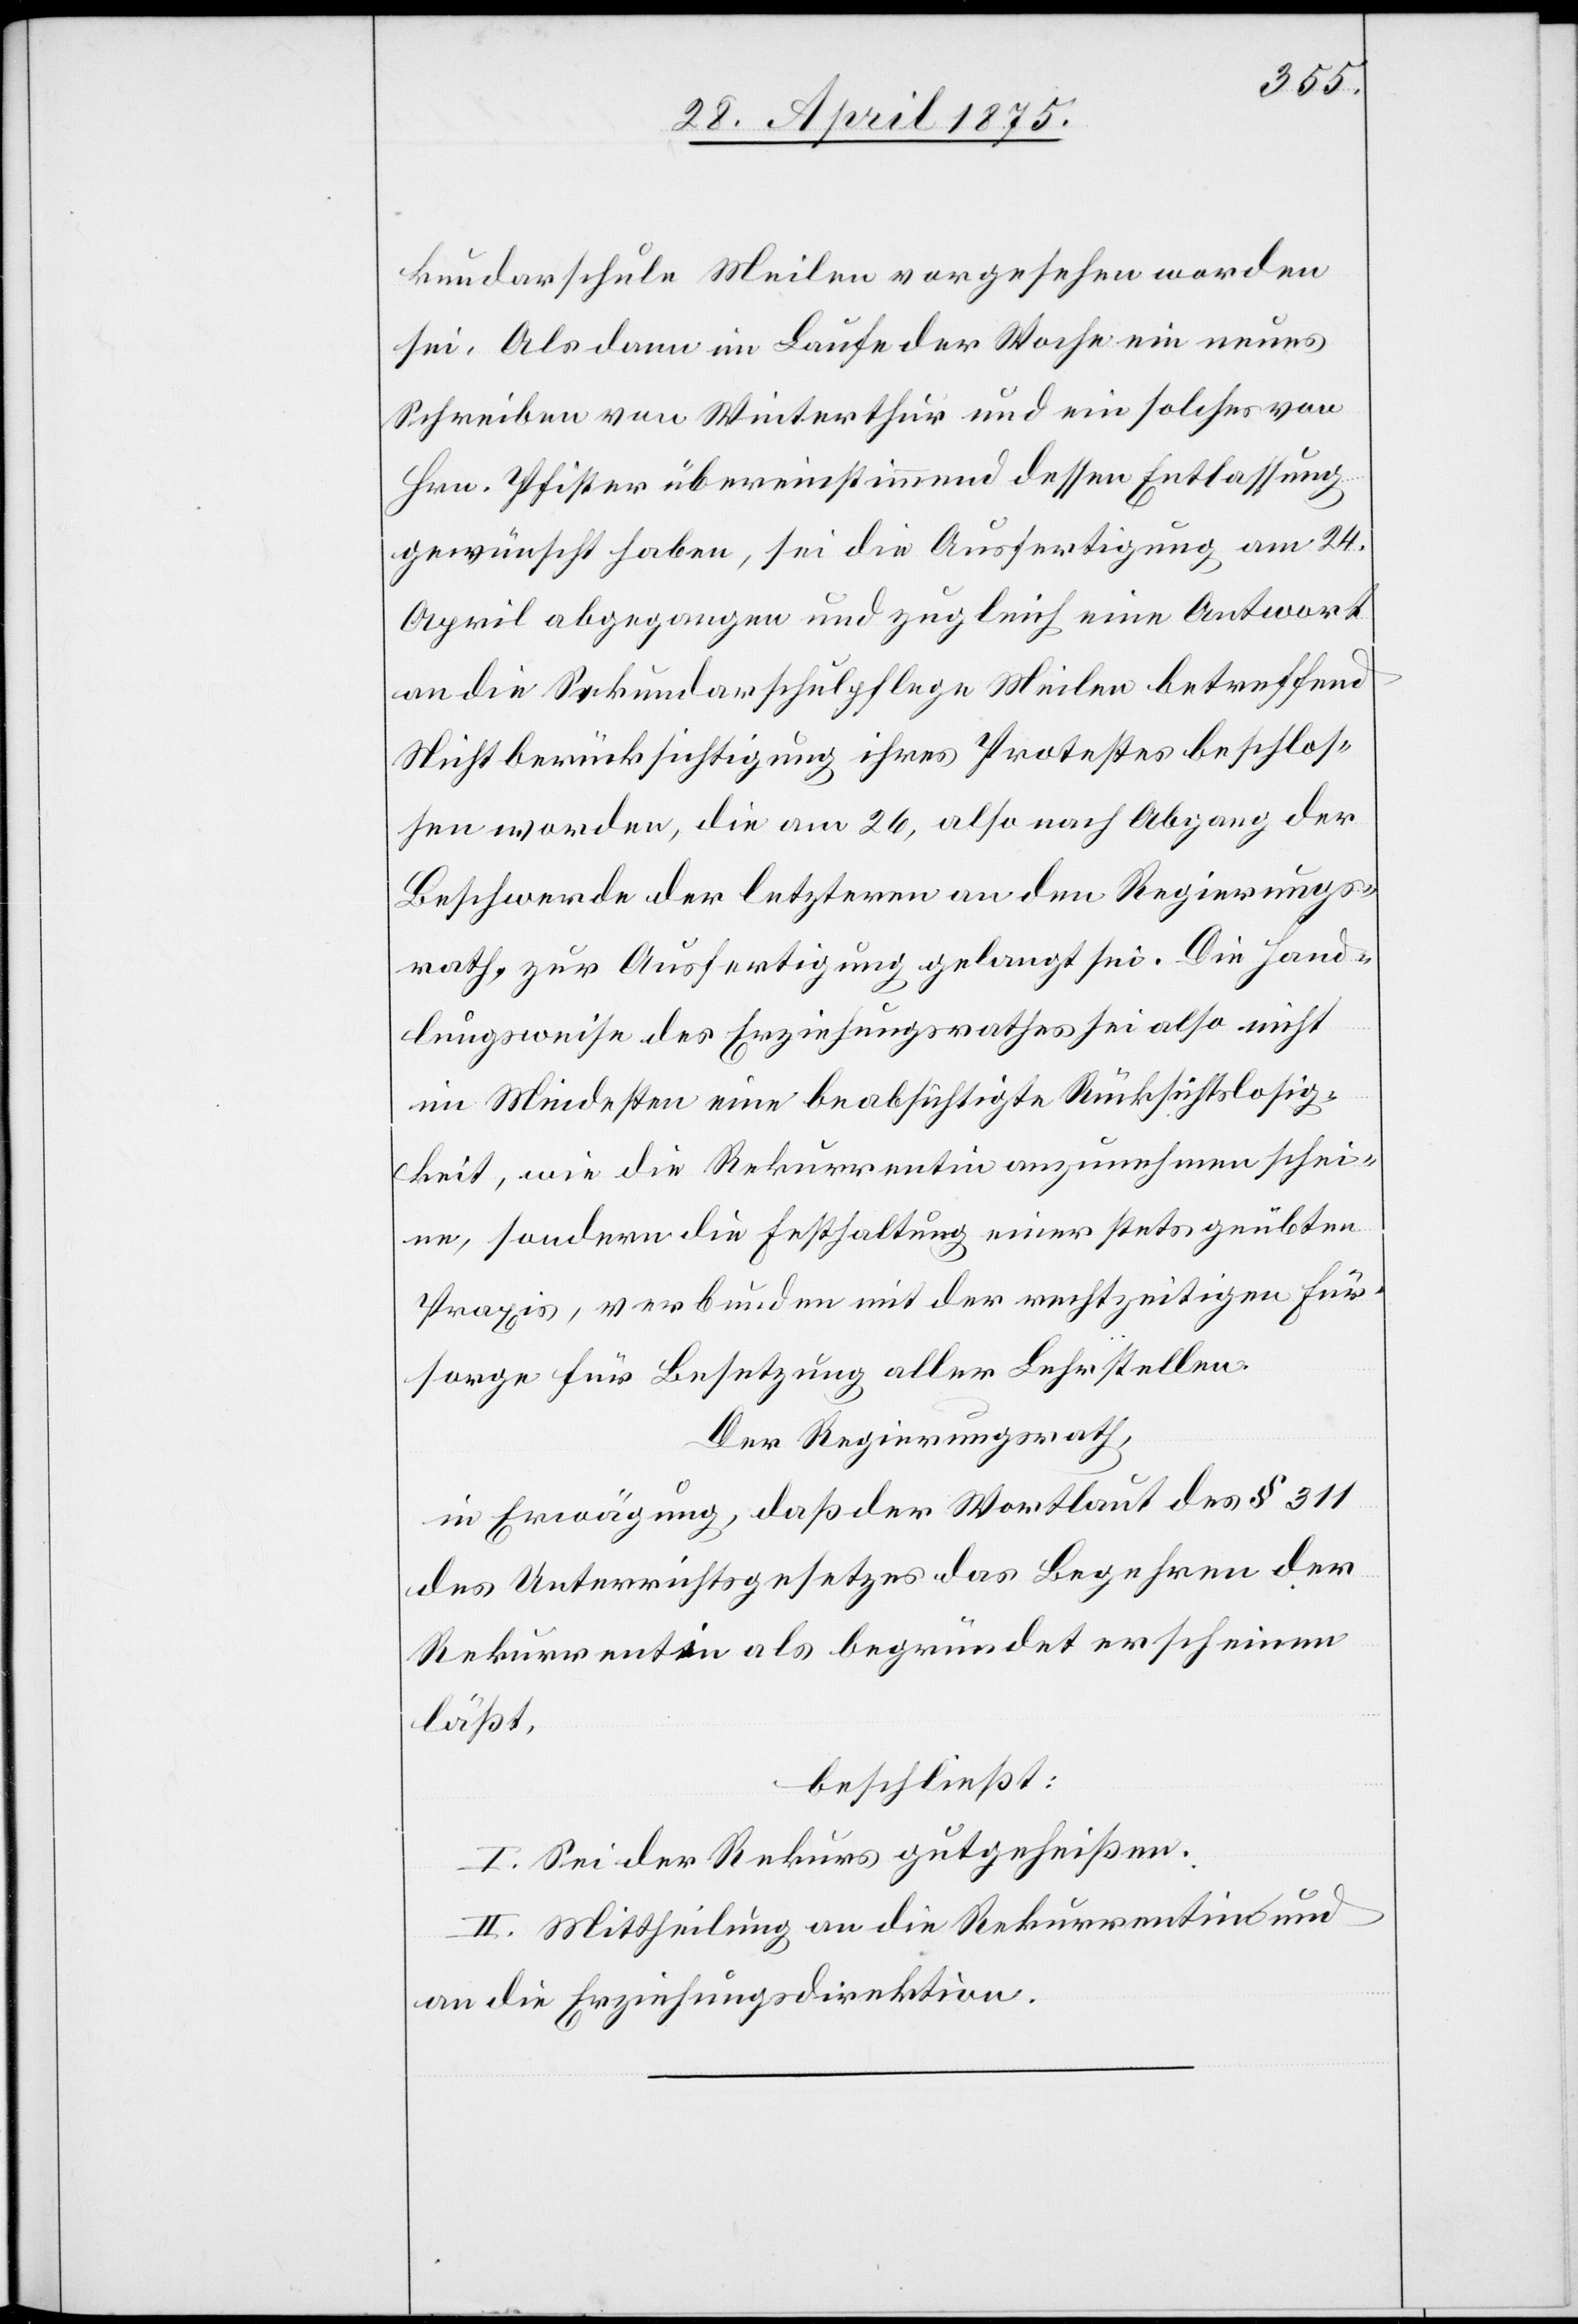
kundarschule Meilen vorgesehen worden
sei. Alsdann im Laufe der Woche ein neues
Schreiben von Winterthur und ein solches von
Hrn. Pfister übereinstimmend dessen Entlassung
gewünscht haben, sei die Ausfertigung am 24.
April abgegangen und zugleich eine Antwort
an die Sekundarschulpflege Meilen betreffend
Nichtberücksichtigung ihres Protestes beschlos¬
sen worden, die am 26. also nach Abgang der
Beschwerde der letzteren an den Regierungs¬
rath, zur Ausfertigung gelangt sei. Die Hand¬
lungsweise des Erziehungsrathes sei also nicht
im Mindesten eine beabsichtigte Rücksichtslosig¬
keit, wie die Rekurrentin anzunehmen schei¬
ne, sondern Festhaltung einer stets geübten
Praxis, verbunden mit der rechtzeitigen Für¬
sorge für Besetzung aller Lehrstellen.
Der Regierungsrath,
in Erwägung, daß der Wortlaut des § 311
des Unterrichtsgesetzes das Begehren der
Rekurrentin als begründet erscheinen
läßt,
beschließt:
I. Sei der Rekurs gutgeheißen.
II. Mittheilung an die Rekurrentin und
an die Erziehungsdirektion.